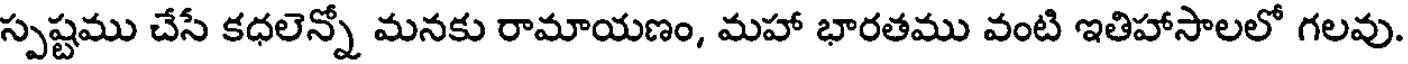
స్పష్టము చేసే కధలెన్నో మనకు రామాయణం, మహా భారతము వంటి ఇతిహాసాలలో గలవు.